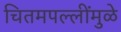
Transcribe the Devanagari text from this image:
चितमपल्लींमुळे